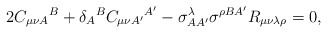
\begin{align*}2C_{\mu \nu A}{}^{B}+\delta _{A}{}^{B}C_{\mu \nu A^{\prime }}{}^{A^{\prime}}-\sigma _{AA^{\prime }}^{\lambda }\sigma ^{\rho BA^{\prime }}R_{\mu \nu\lambda \rho }{}=0, \end{align*}